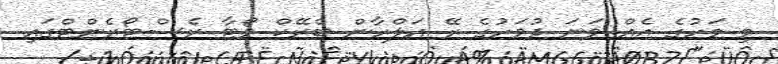
މި މަހުގެ އެއް ވަނަ ދުވަހުގެ ރޭ އަލްހާން ބްރޭކް ވޯޓާ ރެސްޓޯރެންޓްގައި